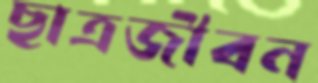
ছাত্রজীবন